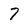
Character: 7